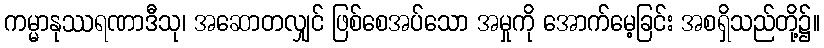
ကမ္မာနုဿရဏာဒီသု၊ အဆောတလျှင် ဖြစ်စေအပ်သော အမှုကို အောက်မေ့ခြင်း အစရှိသည်တို့၌။